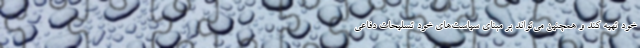
خود تهیه کند و همچنین می‌تواند بر مبنای سیاست­‌های خود تسلیحات دفاعی